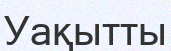
Уақытты